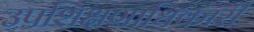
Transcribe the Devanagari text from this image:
उपशिक्षणाधिकारी